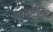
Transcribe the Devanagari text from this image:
भ्रमणमंडळं